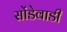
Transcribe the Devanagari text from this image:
सोंडेवाडी